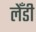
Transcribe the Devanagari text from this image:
लेँडी